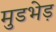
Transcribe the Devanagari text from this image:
मुडभेड़